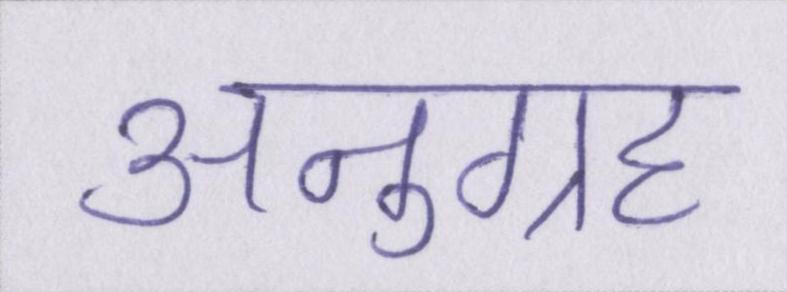
अनुग्रह